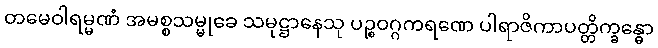
တမေဝါရမ္မဏံ အမစ္စသမ္မုခေ သမုဋ္ဌာနေသု ပဉ္စဝဂ္ဂကရဏေ ပါရာဇိကာပတ္တိက္ခန္ဓော